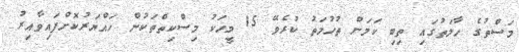
މަސްތުގެ ހާލަތުގައި ތިބި ކަަމަށް ތުހުމަތު ކުރެވޭ 15 މީހަކު މިސްކިިތްތަކުން ހައްޔަރުކޮށްފައިވާއިރު